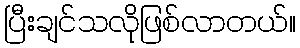
ပြီးချင်သလိုဖြစ်လာတယ်။